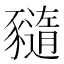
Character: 𧲈